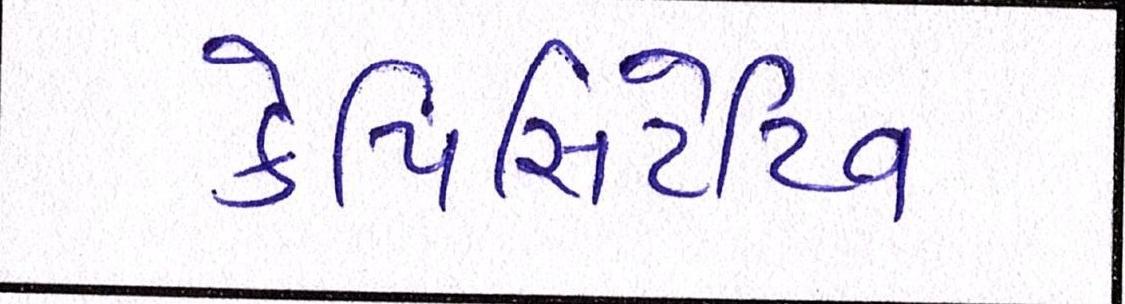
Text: કેપિસિટેટિવ